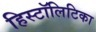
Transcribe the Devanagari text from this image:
हिस्टॉलिटिका